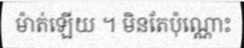
ម៉ាត់ឡើយ ។ មិនតែប៉ុណ្ណោះ